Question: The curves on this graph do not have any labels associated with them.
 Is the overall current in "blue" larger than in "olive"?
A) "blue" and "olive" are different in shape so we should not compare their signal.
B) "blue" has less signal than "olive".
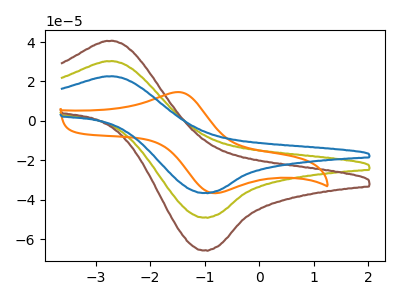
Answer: <think>The olive curve "olive" has an anodic peak at (-2.80V, 30.30uA) and a cathodic peak at (-1.00V, -49.00uA). The brown curve "brown" has an anodic peak at (-2.80V, 60.55uA) and a cathodic peak at (-1.00V, -98.00uA). The orange curve "orange" has an anodic peak at (-1.45V, 14.55uA) and a cathodic peak at (-0.80V, -36.75uA). The blue curve "blue" has an anodic peak at (-2.80V, 22.60uA) and a cathodic peak at (-1.00V, -36.55uA).
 All the peaks in "blue" have a peak in "olive" at the same potential. Every peak in "blue" is lower than every peak in "olive".</think>
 <answer>B) "blue" has less signal than "olive".</answer>
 <eval>B</eval>